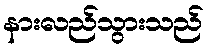
နားလည်သွားသည်